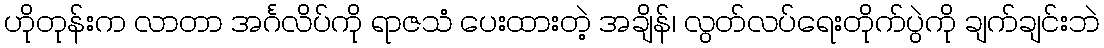
ဟိုတုန်းက လာတာ အင်္ဂလိပ်ကို ရာဇသံ ပေးထားတဲ့ အချိန်၊ လွတ်လပ်ရေးတိုက်ပွဲကို ချက်ချင်းဘဲ